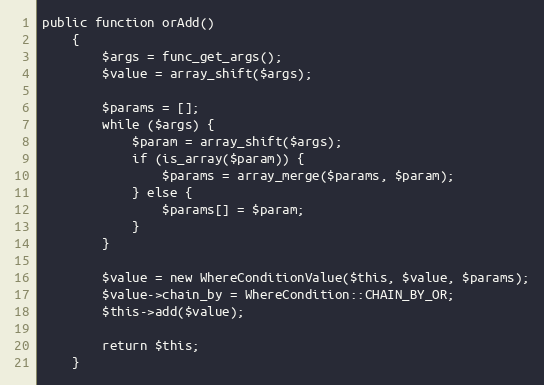
Language: PHP
public function orAdd()
    {
        $args = func_get_args();
        $value = array_shift($args);

        $params = [];
        while ($args) {
            $param = array_shift($args);
            if (is_array($param)) {
                $params = array_merge($params, $param);
            } else {
                $params[] = $param;
            }
        }

        $value = new WhereConditionValue($this, $value, $params);
        $value->chain_by = WhereCondition::CHAIN_BY_OR;
        $this->add($value);

        return $this;
    }